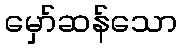
မှော်ဆန်သော